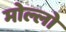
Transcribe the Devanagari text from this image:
मोल्लो